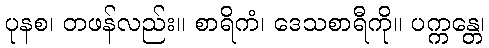
ပုနစ၊ တဖန်လည်း။ စာရိကံ၊ ဒေသစာရီကို။ ပက္ကန္တေ၊